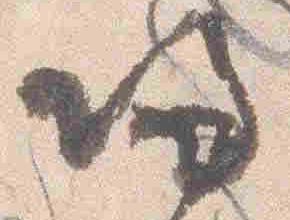
帰